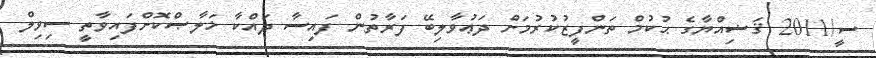
ސީ/2011 ޤަޟިއްޔާގެ ޙުކުމް ތަންފީޒުކުރުމަށް ދަޢުވާލިބޭ ފަރާތުން ފައިސާ ދައްކާ ޚަލާޞްކޮށްފައިވާތީ ސިވިލް